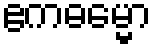
ဧကဓမ္မော